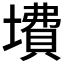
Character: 𱘃